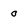
Character: 0